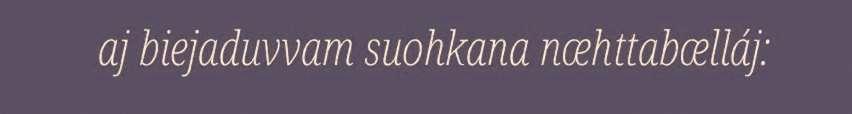
aj biejaduvvam suohkana næhttabælláj: